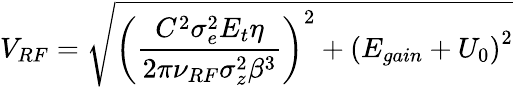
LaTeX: V_{RF}=\sqrt{\left(\frac{C^{2}\sigma_{e}^{2}E_{t}\eta}{2\pi\nu_{RF}\sigma_{z}^{2}\beta^{3}}\right)^{2}+\left(E_{gain}+U_{0}\right)^{2}}